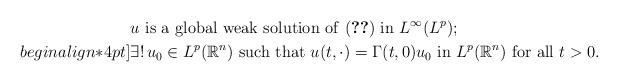
LaTeX: \begin{align*}&u \mbox{ is a global weak solution of \eqref{eq1} in } L^\infty(L^p) ;\\begin{align*}4pt]&\exists !\,u_0\in L^p({\mathbb{R}}^n) \mbox{ such that }u(t,\cdot)=\Gamma(t,0)u_0\mbox{ in }L^p({\mathbb{R}}^n)\mbox{ for all }t>0.\end{align*}